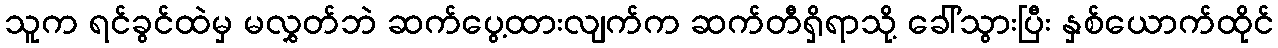
သူက ရင်ခွင်ထဲမှ မလွှတ်ဘဲ ဆက်ပွေ့ထားလျက်က ဆက်တီရှိရာသို့ ခေါ်သွားပြီး နှစ်ယောက်ထိုင်